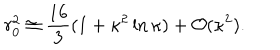
r _ { 0 } ^ { 2 } \cong \frac { 1 6 } { 3 } ( 1 + \kappa ^ { 2 } \ln \kappa ) + { \cal O } ( \kappa ^ { 2 } ) .